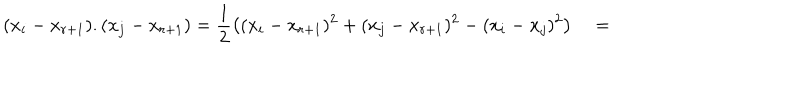
LaTeX: ( x _ { i } - x _ { r + 1 } ) . ( x _ { j } - x _ { r + 1 } ) = \frac { 1 } { 2 } \left( ( x _ { i } - x _ { r + 1 } ) ^ { 2 } + ( x _ { j } - x _ { r + 1 } ) ^ { 2 } - ( x _ { i } - x _ { j } ) ^ { 2 } \right) \quad = \qquad